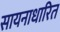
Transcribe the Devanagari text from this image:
सायनाधारित